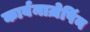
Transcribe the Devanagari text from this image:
कार्बमाज़ेपिंन